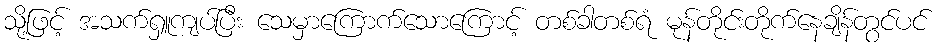
သို့ဖြင့် အသက်ရှူကျပ်ပြီး သေမှာကြောက်သောကြောင့် တစ်ခါတစ်ရံ မုန်တိုင်းတိုက်နေချိန်တွင်ပင်